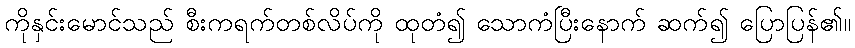
ကိုနှင်းမောင်သည် စီးကရက်တစ်လိပ်ကို ထုတံ၍ သောကံပြီးနောက် ဆက်၍ ပြောပြန်၏။